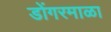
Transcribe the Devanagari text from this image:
डोंगरमाळा